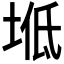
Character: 𡌠